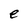
Character: e